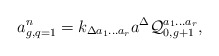
\begin{align*}a^n_{g,q=1}=k_{\Delta a_1\ldots a_r}a^\Delta{\cal Q}^{a_1\ldots a_r}_{0,g+1},\end{align*}